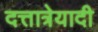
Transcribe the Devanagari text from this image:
दत्तात्रेयादी